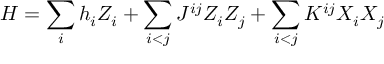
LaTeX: H = \sum _ { i } h _ { i } Z _ { i } + \sum _ { i < j } J ^ { i j } Z _ { i } Z _ { j } + \sum _ { i < j } K ^ { i j } X _ { i } X _ { j }